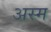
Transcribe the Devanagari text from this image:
अस्म